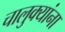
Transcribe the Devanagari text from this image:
चालुक्यांना